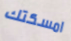
امسكتك